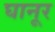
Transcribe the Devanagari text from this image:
घानूर